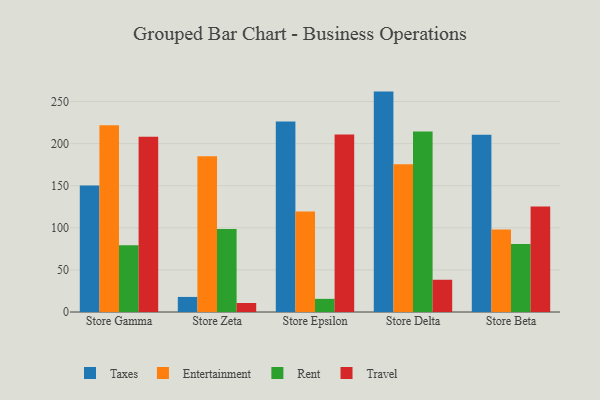
{"axis": {"x": "Store", "y": "Backlog"}, "legend": ["Entertainment", "Rent", "Taxes", "Travel"], "data": [{"x": "Store Gamma", "y": 150.2, "type": "Taxes"}, {"x": "Store Gamma", "y": 221.8, "type": "Entertainment"}, {"x": "Store Gamma", "y": 79.2, "type": "Rent"}, {"x": "Store Gamma", "y": 208.1, "type": "Travel"}, {"x": "Store Zeta", "y": 17.9, "type": "Taxes"}, {"x": "Store Zeta", "y": 184.9, "type": "Entertainment"}, {"x": "Store Zeta", "y": 98.7, "type": "Rent"}, {"x": "Store Zeta", "y": 10.7, "type": "Travel"}, {"x": "Store Epsilon", "y": 226.3, "type": "Taxes"}, {"x": "Store Epsilon", "y": 119.5, "type": "Entertainment"}, {"x": "Store Epsilon", "y": 15.6, "type": "Rent"}, {"x": "Store Epsilon", "y": 210.8, "type": "Travel"}, {"x": "Store Delta", "y": 261.8, "type": "Taxes"}, {"x": "Store Delta", "y": 175.6, "type": "Entertainment"}, {"x": "Store Delta", "y": 214.4, "type": "Rent"}, {"x": "Store Delta", "y": 38.3, "type": "Travel"}, {"x": "Store Beta", "y": 210.6, "type": "Taxes"}, {"x": "Store Beta", "y": 98.1, "type": "Entertainment"}, {"x": "Store Beta", "y": 80.9, "type": "Rent"}, {"x": "Store Beta", "y": 125.2, "type": "Travel"}]}